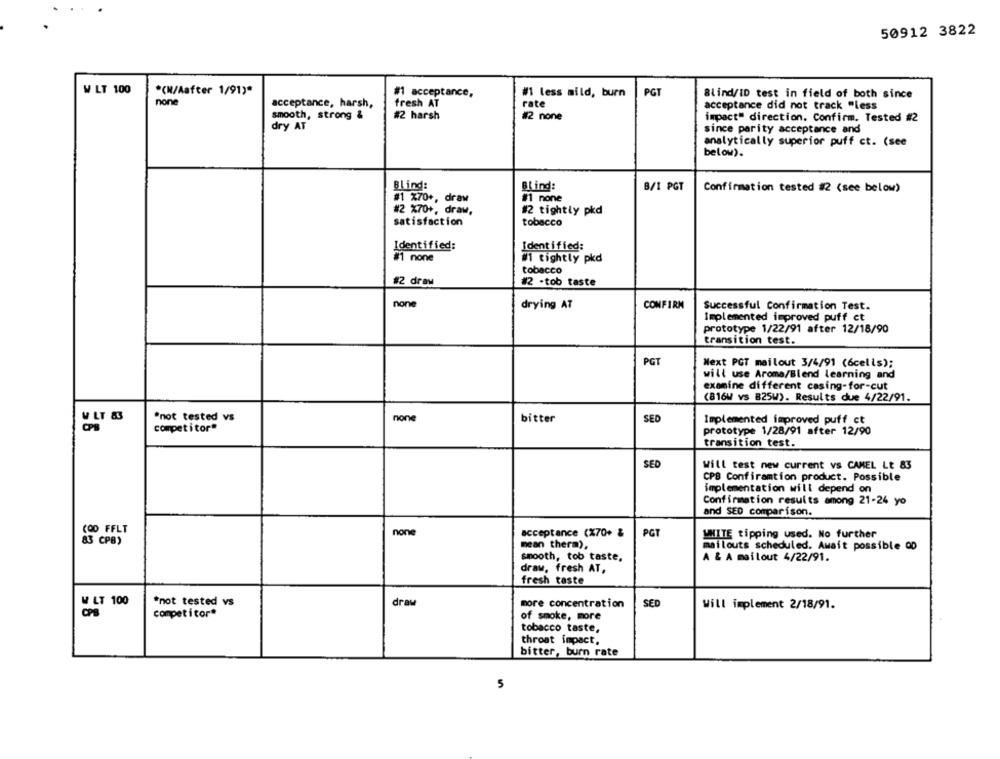
50912 3822
W LT 100
*(N/Aafter 1/91)*
#1 acceptance,
PGT
#1 less mild, burn
Blind/ID test in field of both since
none
acceptance, harsh,
fresh AT
rate
acceptance did not track "less
smooth, strong &
#2 harsh
#2 none
impact" direction. Confirm. Tested #2
dry AT
since parity acceptance and
analytically superior puff ct. (see
below).
Blinds
Blind:
B/I PGT
Confirmation tested #2 (see below)
#1 X70+, draw
#1 none
#2 %70+, draw,
#2 tightly pkd
satisfaction
tobacco
Identified:
Identified:
#1 none
#1 tightly pkd
tobacco
#2 draw
#2 ·tob taste
none
drying AT
CONFIRM
Successful Confirmation Test.
Implemented improved puff ct
prototype 1/22/91 after 12/18/90
transition test.
PGT
Next PGT mailout 3/4/91 (6cells);
will use Aroma/Blend learning and
examine different casing-for-cut
(B16W VS 825W). Results due 4/22/91.
W LT 83
"not tested vs
none
bitter
SED
Implemented improved puff_ct
competitor"
prototype 1/28/91 after 12/90
transition test.
SED
Will test new current vs CAMEL Lt 83
CPB Confiramtion product. Possible
implementation will depend on
Confirmation results among 21-24 yo
and SED comparison.
(OD FFLT
none
acceptance (X70+ &
PGT
WMITE tipping used. No further
às CPB)
mean therm),
mailouts scheduled. Await possible OD
smooth, tob taste,
A & A mailout 4/22/91.
draw, fresh AT,
fresh taste
W LT 100
*not tested vs
draw
more concentration
SED
Will implement 2/18/91.
CPS
compet itor*
of smoke, more
tobacco taste,
throat impact,
bitter, burn rate
5